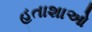
હતાશાઓ